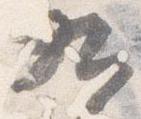
九